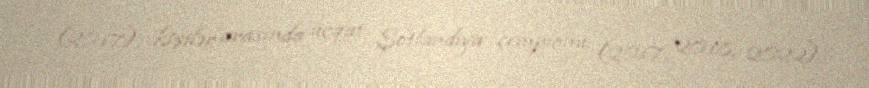
(2017), kişilər arasında üçqat Şotlandiya çempionu (2017, 2018, 2022).